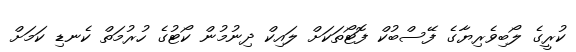
ކުރީގެ ލޯބިވެރިޔާގެ ފޭސްބުކް ފޮޓޯތަކަށް ލައިކް ދިނުމުން ކޯޓުގެ ހުރުމަތް ކެނޑި ކަމަށް